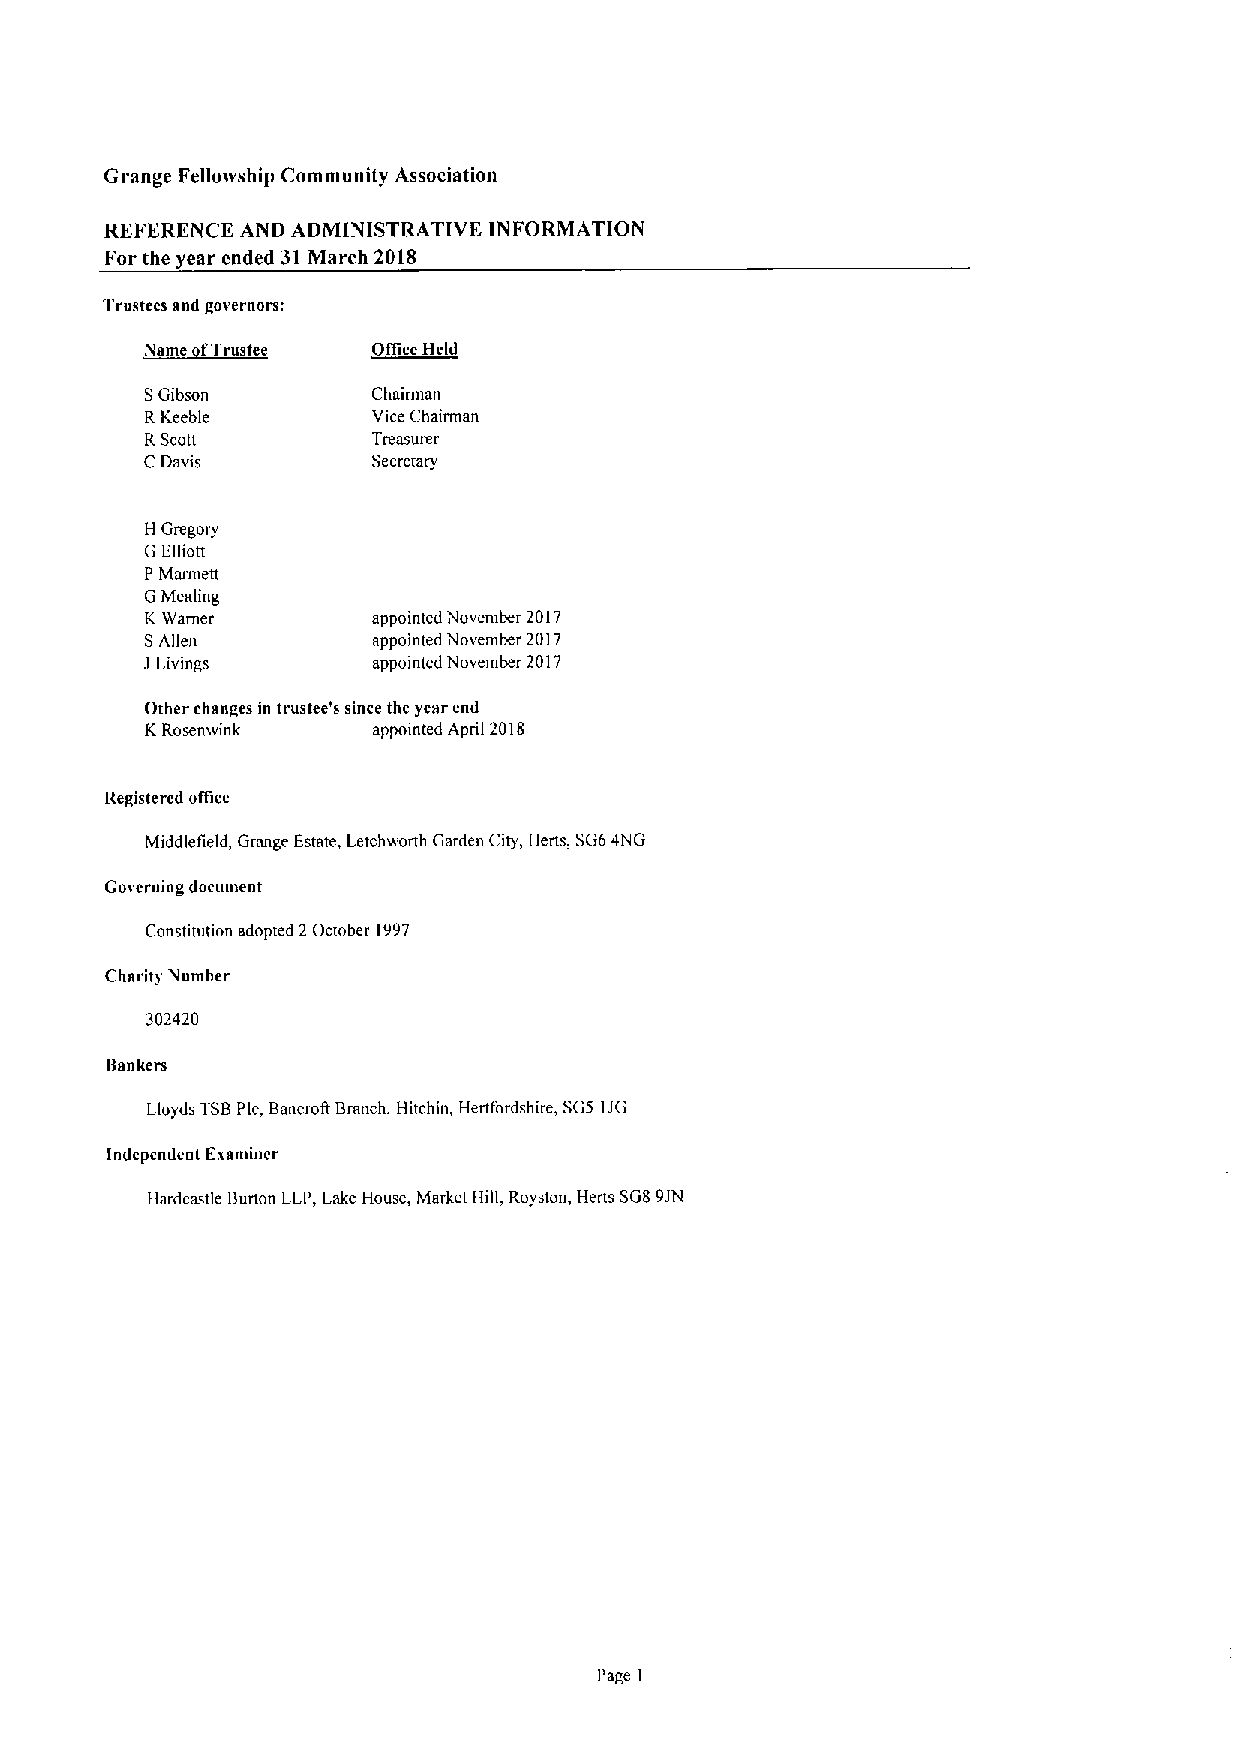
Grange Fellotvship Community Association
 REFERENCE AND ADMINISTRATIVE INFORMATION
 For the year ended 31 March 2018
 'Trustees and governors:
 Onice Held
 SGibson        Chairman
 RKeeble        Vice Chairman
 RScott         Treasurer
 CDavis         Secretary
 H Gregory
 G Elliott
 P Marmett
 GMealing
 KWarner        appointed Novensber 2017
 SAllen         appointed November 2017
 JLivings       appointed November 2017
 Other changes in trustee's since thc year end
 KRosemvink     appointed April 2018
 Registered onice
 Middlefield, Grange Estate, Letchworth Garden City, Herts, SG64NG
 Governing document
 Constitution adopted 2 October 1997
 Charity Number
 302420
 Bankers
 Lloyds TSBPic, Bancroa 13ranch, Hitchin, Hertfordshire, SG5 IJG
 Independent Esanstncr
 Ilardcastle Bunon LLP, Lake House, Market Hill, Royston, Herts SG89JN
 I'age I